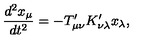
{ \frac { d ^ { 2 } x _ { \mu } } { d t ^ { 2 } } } = - T _ { \mu \nu } ^ { \prime } K _ { \nu \lambda } ^ { \prime } x _ { \lambda } ,